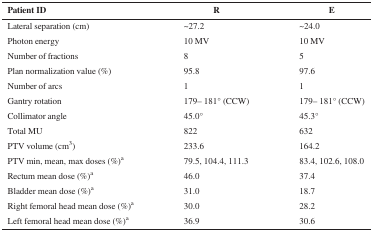
<table><thead><tr><td><b>Patient ID</b></td><td><b>R</b></td><td><b>E</b></td></tr></thead><tbody><tr><td>Lateral separation (cm)</td><td>∼27.2</td><td>∼24.0</td></tr><tr><td>Photon energy</td><td>10 MV</td><td>10 MV</td></tr><tr><td>Number of fractions</td><td>8</td><td>5</td></tr><tr><td>Plan normalization value (%)</td><td>95.8</td><td>97.6</td></tr><tr><td>Number of arcs</td><td>1</td><td>1</td></tr><tr><td>Gantry rotation</td><td>179– 181° (CCW)</td><td>179– 181° (CCW)</td></tr><tr><td>Collimator angle</td><td>45.0°</td><td>45.3°</td></tr><tr><td>Total MU</td><td>822</td><td>632</td></tr><tr><td>PTV volume (cm<sup>3</sup>)</td><td>233.6</td><td>164.2</td></tr><tr><td>PTV min, mean, max doses (%)<sup>a</sup></td><td>79.5, 104.4, 111.3</td><td>83.4, 102.6, 108.0</td></tr><tr><td>Rectum mean dose (%)<sup>a</sup></td><td>46.0</td><td>37.4</td></tr><tr><td>Bladder mean dose (%)<sup>a</sup></td><td>31.0</td><td>18.7</td></tr><tr><td>Right femoral head mean dose (%)<sup>a</sup></td><td>30.0</td><td>28.2</td></tr><tr><td>Left femoral head mean dose (%)<sup>a</sup></td><td>36.9</td><td>30.6</td></tr></tbody></table>